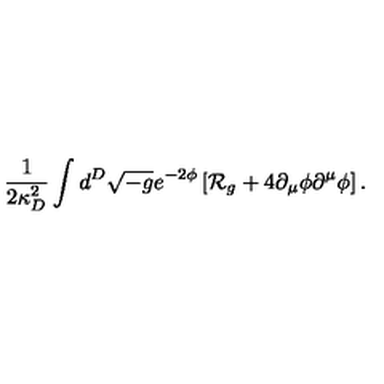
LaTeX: { \frac { 1 } { 2 \kappa _ { D } ^ { 2 } } } \int d ^ { D } \sqrt { - g } e ^ { - 2 \phi } \left[ { \cal R } _ { g } + 4 \partial _ { \mu } \phi \partial ^ { \mu } \phi \right] .